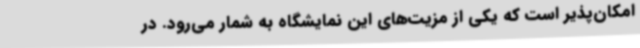
امکان‌پذیر است که یکی از مزیت‌های این نمایشگاه به شمار می‌رود. در